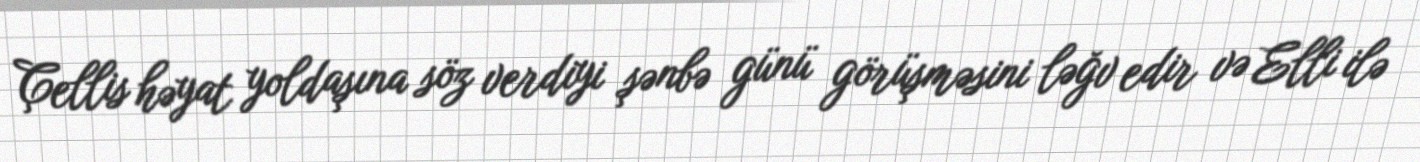
Çellis həyat yoldaşına söz verdiyi şənbə günü görüşməsini ləğv edir və Elli ilə